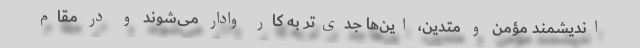
اندیشمند مؤمن و متدین، این‌ها جدی‌تر به کار وادار می‌شوند و در مقام